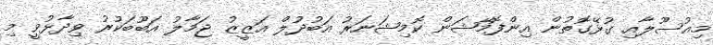
މިއުސޫލާއި ގުޅޭގޮތުން އިންފޮމޭޝަން ކޮމިޝަނަރު އަބުދުލް އަޒީޒު ޖަމާލު އަބޫބަކުރު ވިދާޅުވީ މި